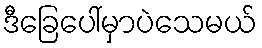
ဒီခြေပေါ်မှာပဲသေမယ်